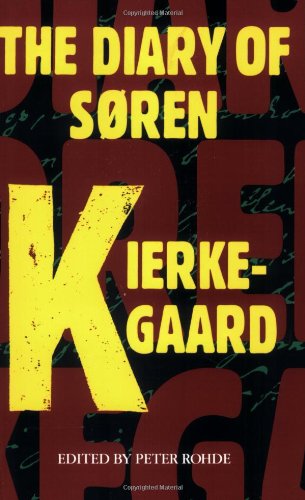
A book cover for The Diary Of Soren Kierkegaard; Soren Kierkegaard; Biographies & Memoirs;